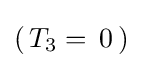
(\,T_{3}=\,0\,)